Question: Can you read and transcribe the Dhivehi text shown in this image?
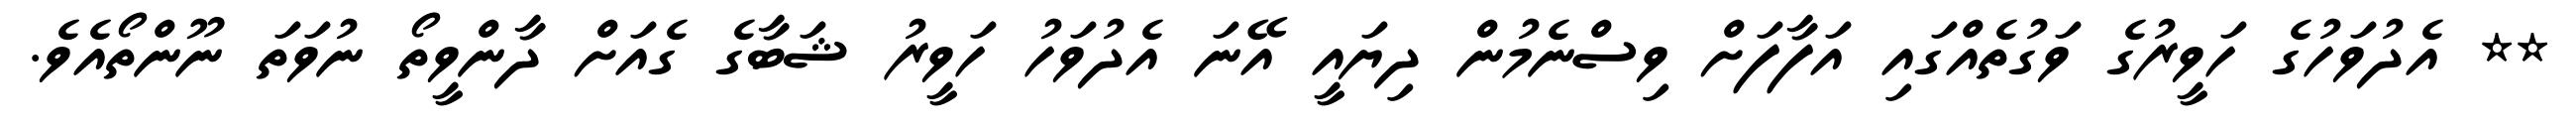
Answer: ** އެދުވަހުގެ ހަވީރުގެ ވަގުތެއްގައި އަފާފަށް ވިސްނެމުން ދިޔައީ އޭނަ އެދުވަހު ހަވީރު ޝަބާގެ ގެއަށް ދާންވީތޯ ނުވަތަ ނޫންތޯއެވެ.